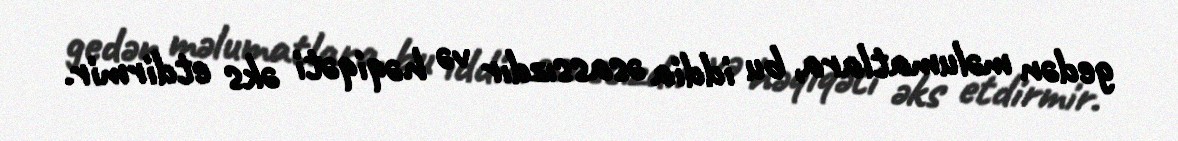
gedən məlumatlara, bu iddia əsassızdır və həqiqəti əks etdirmir.